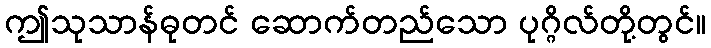
ဤသုသာန်ဓုတင် ဆောက်တည်သော ပုဂ္ဂိလ်တို့တွင်။